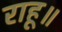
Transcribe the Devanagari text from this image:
राहू॥